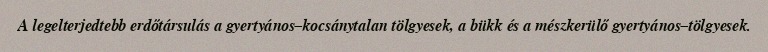
A legelterjedtebb erdőtársulás a gyertyános–kocsánytalan tölgyesek, a bükk és a mészkerülő gyertyános–tölgyesek.